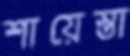
শায়েস্তা